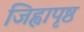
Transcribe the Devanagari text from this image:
जिह्वापृष्ठ